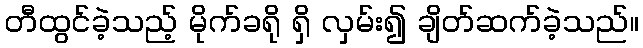
တီထွင်ခဲ့သည့် မိုက်ခရို ရှိ လှမ်း၍ ချိတ်ဆက်ခဲ့သည်။